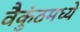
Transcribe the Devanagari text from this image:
वैकुंठमध्ये